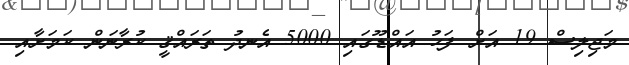
މަޖިލިސް 19 އަށް ފަހު އައްޑޫގައި 5000 އެނދު ތަރައްޤީ ކުރާނަން ކަމަށާއި